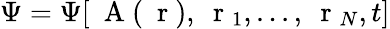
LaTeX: \Psi=\Psi[\mathrm{~\mathbf~A~}(\mathrm{~\mathbf~r~}),\mathrm{~\mathbf~r~}_{1},...,\mathrm{~\mathbf~r~}_{N},t]